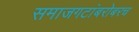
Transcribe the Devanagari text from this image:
समाजगटांबरोबरच